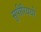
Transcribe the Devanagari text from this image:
सुपीरिययरे